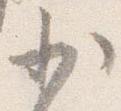
少